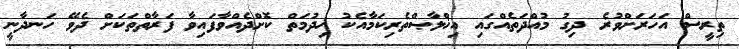
ތިރީސް އަހަރަށްވުރެ ދިގު މުއްދަތެއްގައި އިޚްލާޞްތެރިކަމާއެކު ޚިދުމަތް ކޮށްދެއްވާފައިވާ ފަރާތްތަކަށް ދެވޭ ހަނދާނީ